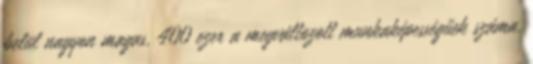
belül nagyon magas, 400 ezer a megváltozott munkaképességűek száma,